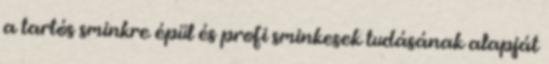
a tartós sminkre épül és profi sminkesek tudásának alapját